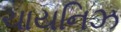
ચાયનિઝ